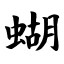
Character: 蝴